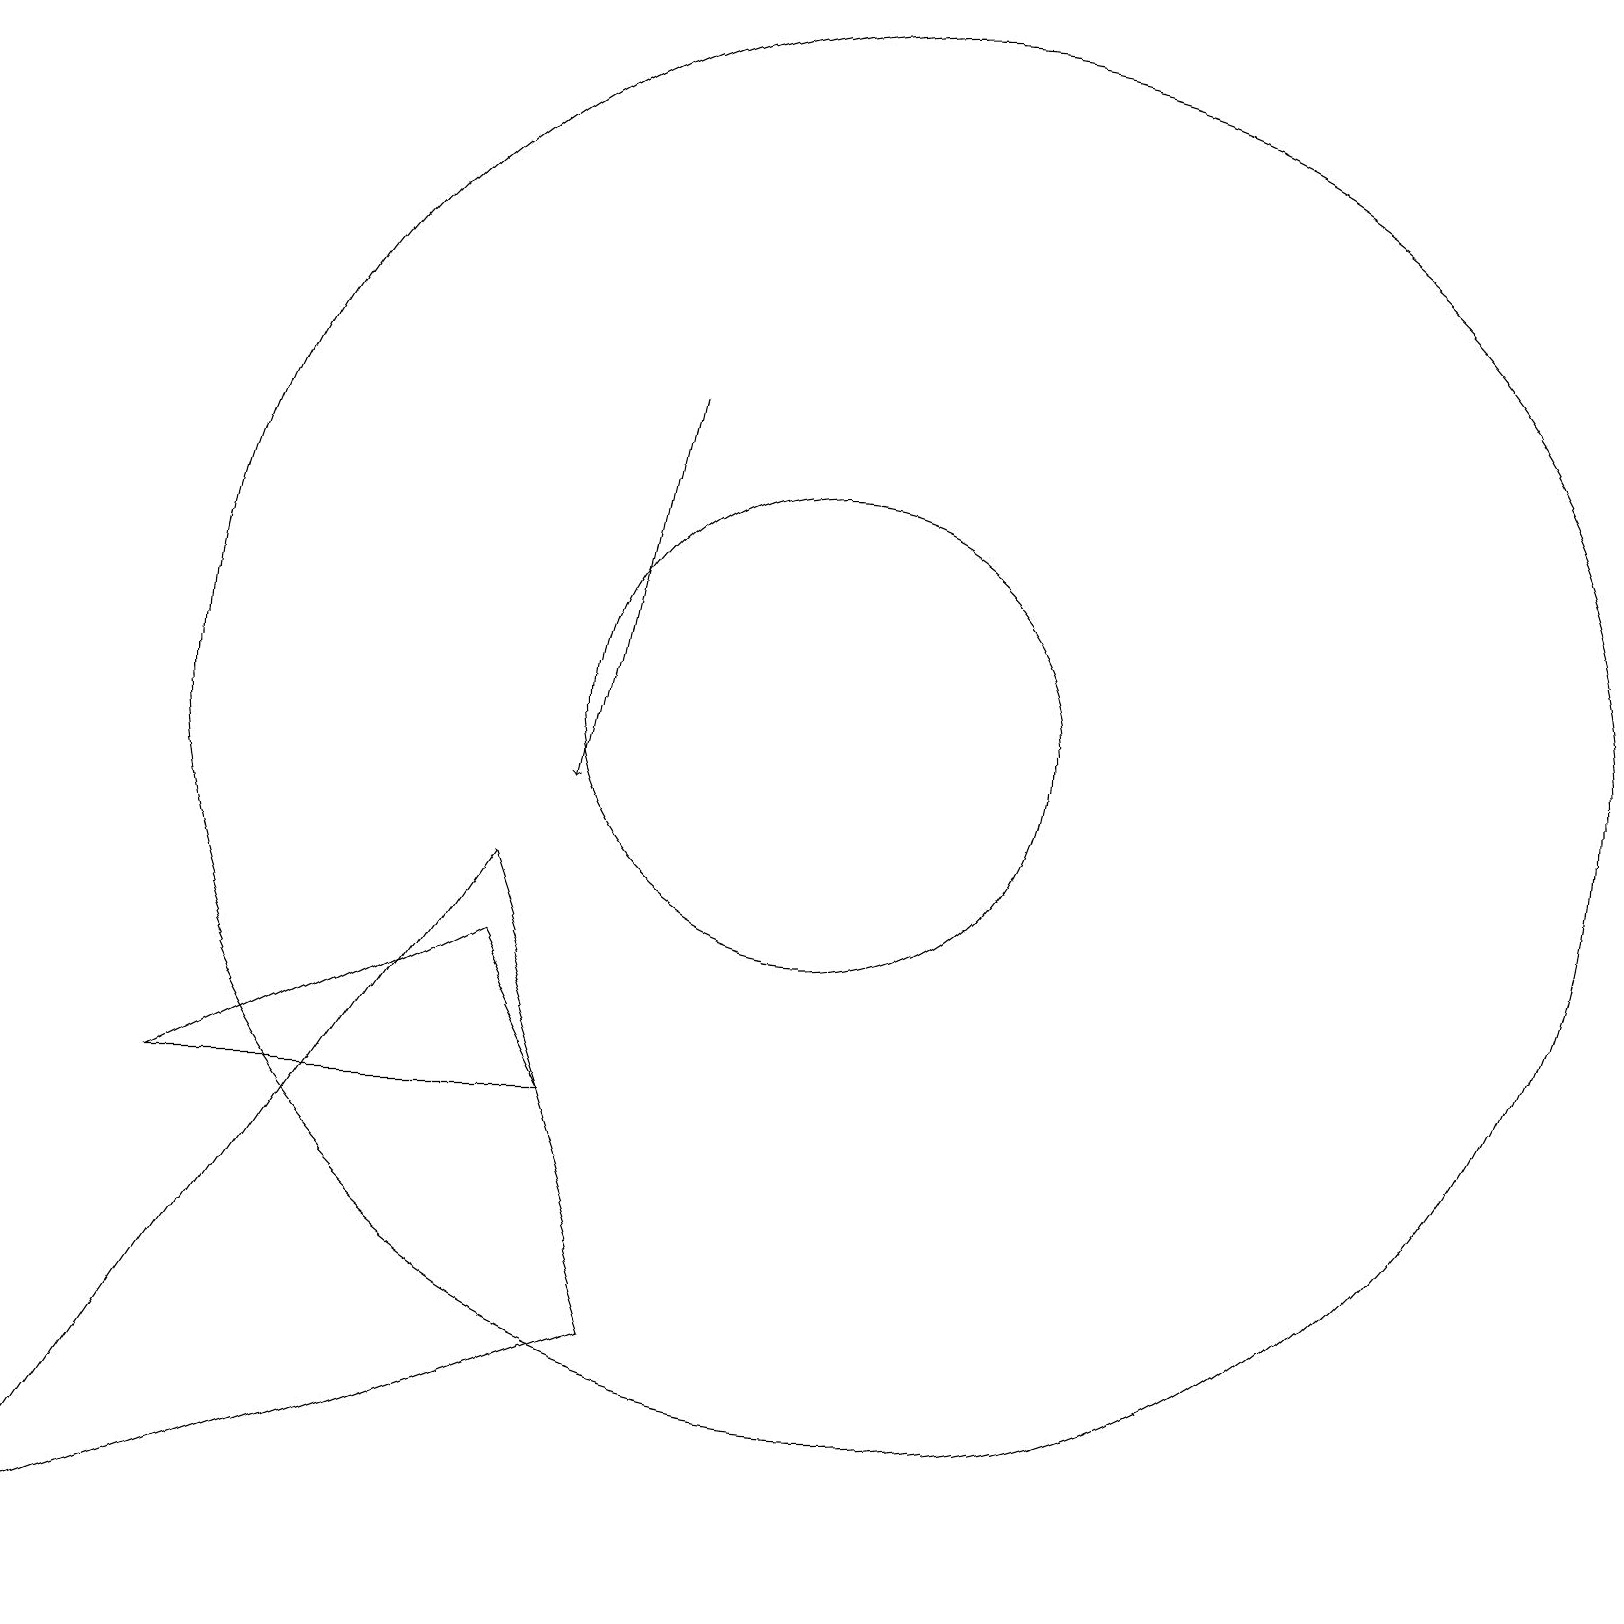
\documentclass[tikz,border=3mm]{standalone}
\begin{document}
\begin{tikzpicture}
\draw (11,11) circle (3);
\draw (7,9) -- (1,0) -- (9,3) -- cycle;
\draw (12,11) circle (9);
\draw (3,6) -- (8,6) -- (7,8) -- cycle;
\draw[->] (9,15) -- (8,10);
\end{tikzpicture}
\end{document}